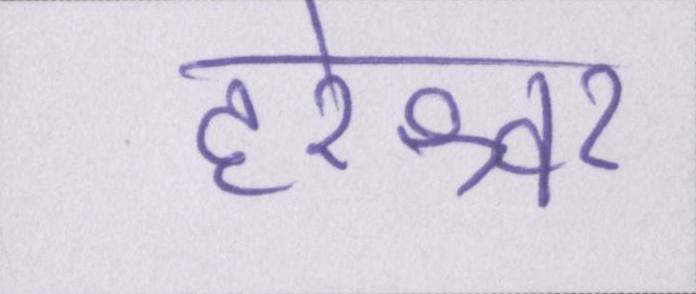
हरेश्वर